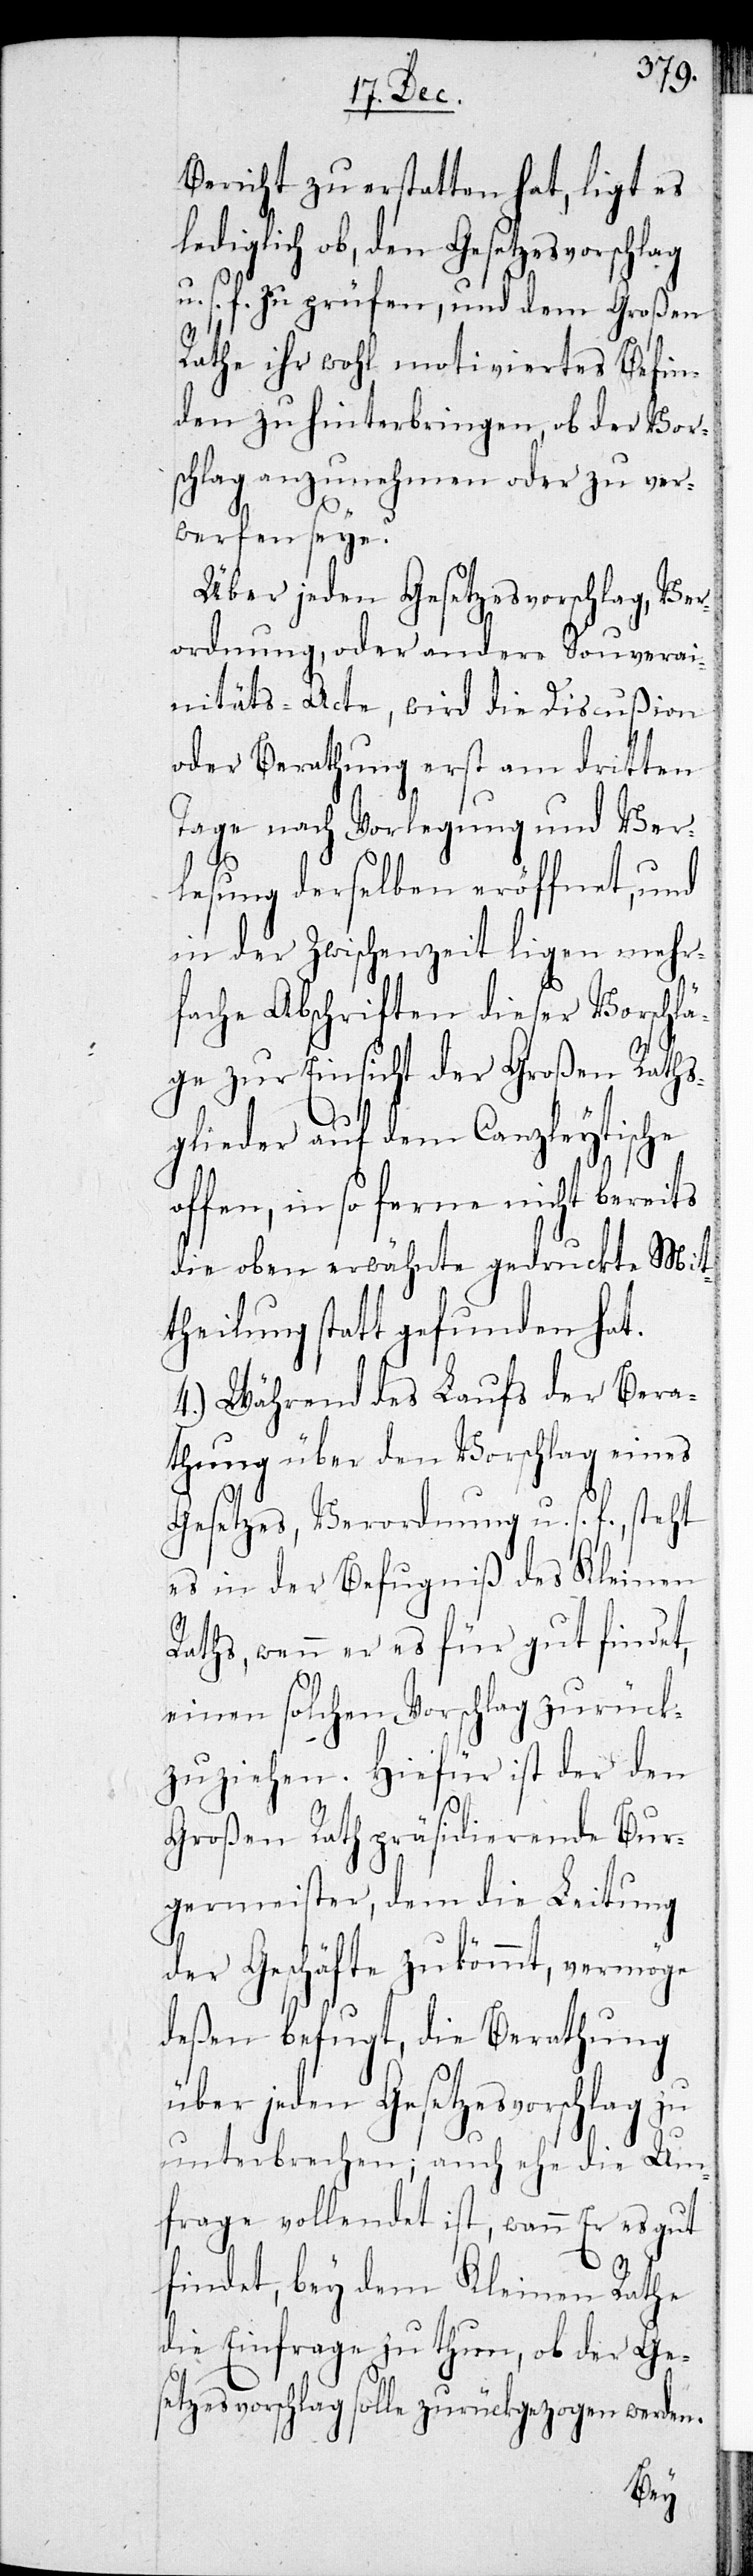
Bericht zu erstatten hat, ligt es
lediglich ob, den Gesetzesvorschlag
u. s. f. zu prüfen, und dem Großen
Rathe ihr wohl motiviertes Befin¬
den zu hinterbringen, ob der Vor¬
schlag anzunehmen oder zu ver¬
werfen sey?
Über jeden Gesetzesvorschlag, Ver¬
ordnung, oder andere Souverai¬
nitäts-Acte, wird die Discußion
oder Berathung erst am dritten
Tage nach Vorlegung und Ver¬
lesung derselben eröffnet, und
in der Zwischenzeit ligen mehr¬
fache Abschriften dieser Vorschlä¬
ge zur Einsicht der Großen Raths¬
glieder auf dem Canzleytische
offen, in so ferne nicht bereits
die oben erwähnte gedruckte Mit¬
theilung statt gefunden hat.
4.) Während des Laufs der Bera¬
thung über den Vorschlag eines
Gesetzes, Verordnung u. s. f., steht
es in der Befugniß des Kleinen
Raths, wenn er es für gut findet,
einen solchen Vorschlag zurück¬
zuziehen. Hiefür ist der den
Großen Rath präsidierenden Bur¬
germeister, dem die Leitung
der Geschäfte zukommt, vermöge
deßen befugt, die Berathung
über jeden Gesetzesvorschlag zu
unterbrechen; auch ehe die Um¬
frage vollendet ist, wann er es gut
findet, bey dem Kleinen Rathe
die Einfrage zu thun, ob der Ge¬
setzesvorschlag solle zurückgezogen werden.